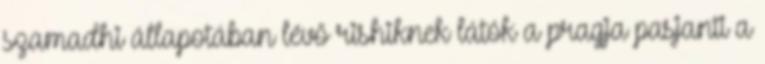
szamadhi állapotában lévő rishiknek látók a pragja pasjanti a